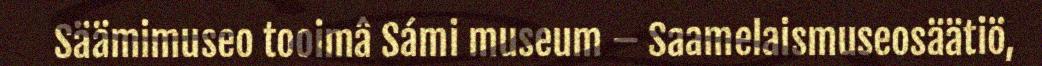
Säämimuseo tooimâ Sámi museum – Saamelaismuseosäätiö,